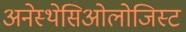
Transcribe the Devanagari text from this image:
अनेस्थेसिओलोजिस्ट